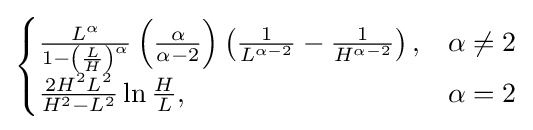
{\begin{cases}{\frac {L^{\alpha }}{1-\left({\frac {L}{H}}\right)^{\alpha }}}\left({\frac {\alpha }{\alpha -2}}\right)\left({\frac {1}{L^{\alpha -2}}}-{\frac {1}{H^{\alpha -2}}}\right),&\alpha \neq 2\\{\frac {2{H}^{2}{L}^{2}}{{H}^{2}-{L}^{2}}}\ln {\frac {H}{L}},&\alpha =2\end{cases}}